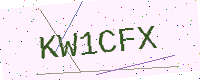
Text: KW1CFX